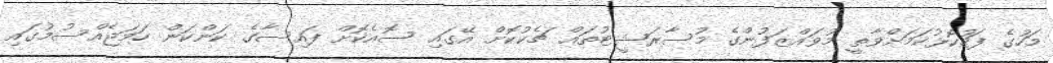
މަހުގެ ފަހުކޮޅުކަމަށްވާތީ މުވައްޒަފުންގެ މުސާރަޝީޓުތައް ޗެކުކޮށް އޭގައި ސޮއެކޮށް ފައިސާގެ ކަންކަން ހަމަޖެއްސުމުގައި